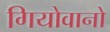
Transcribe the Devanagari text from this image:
गियोवानो